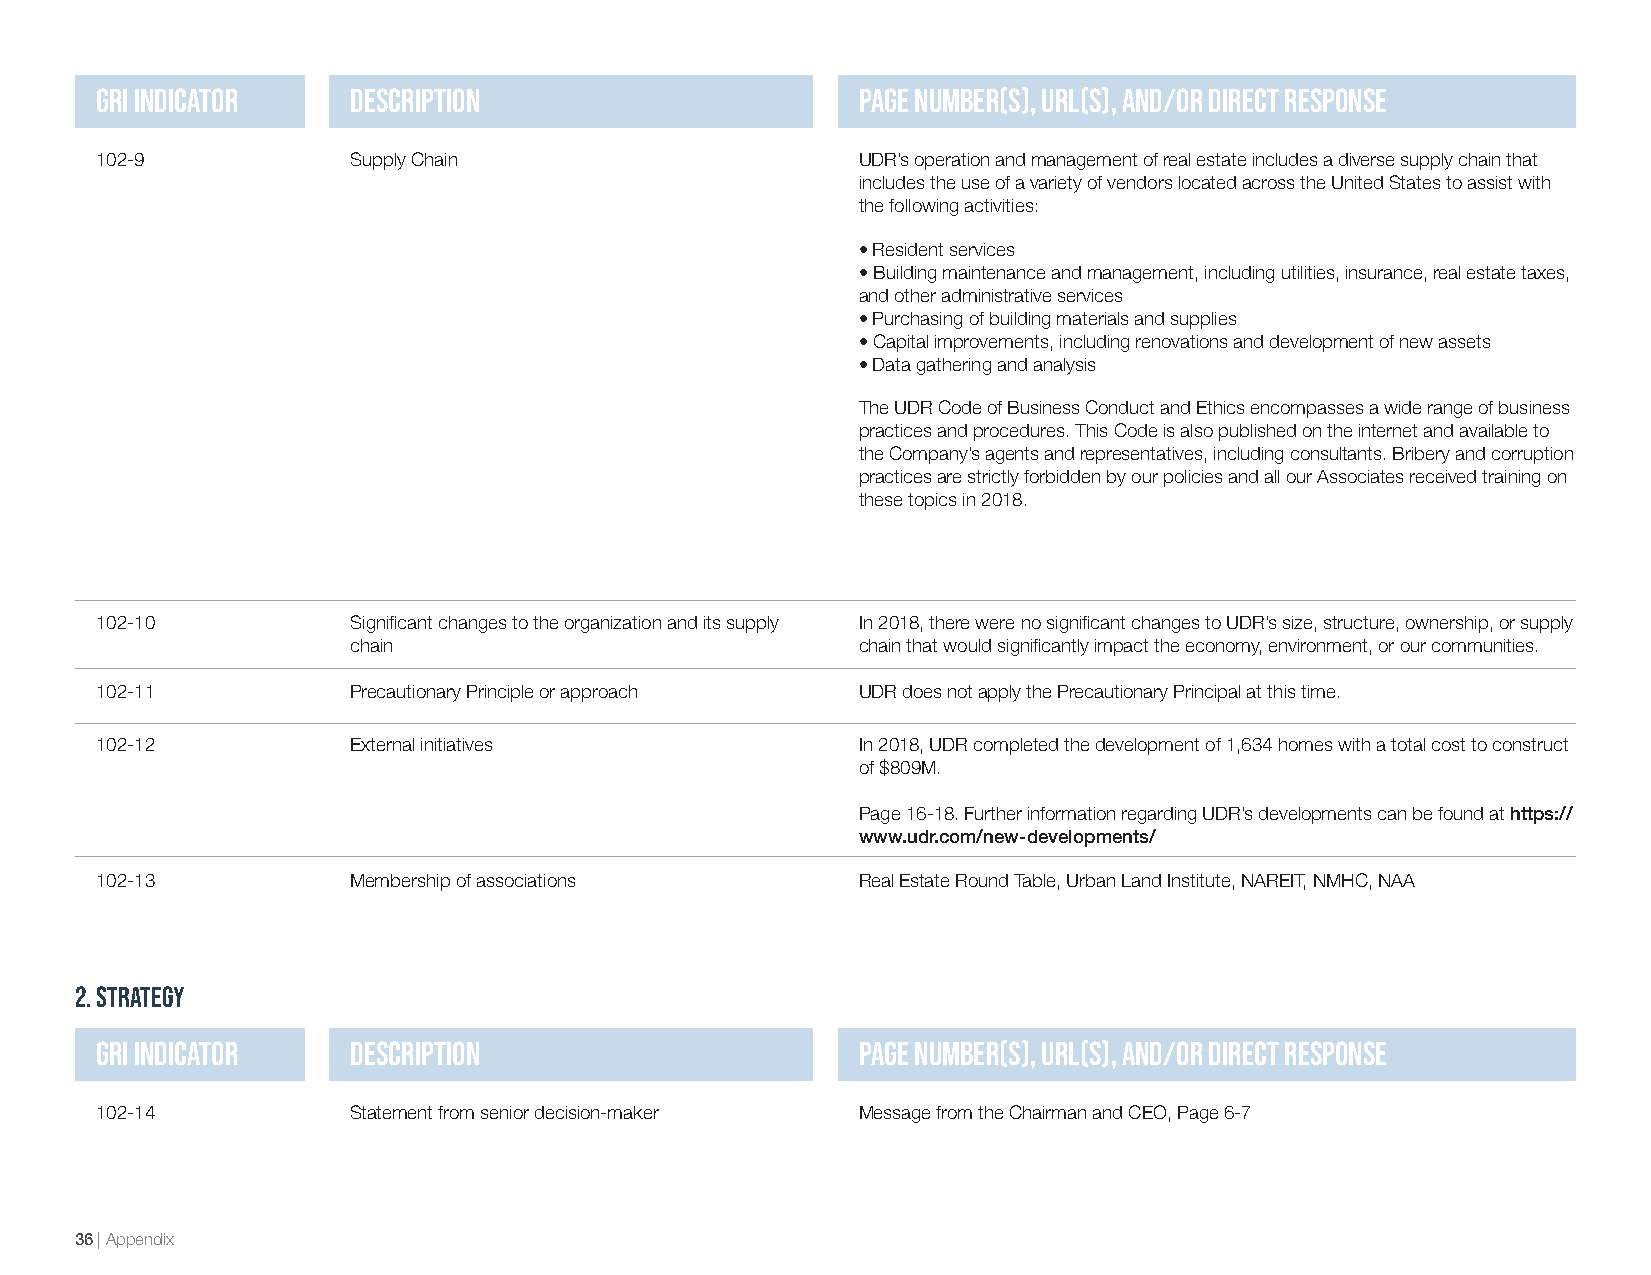
GRI Indicator    Description                       Page Number(s), URL(s), and/or direct response
 102-9            Supply Chain                      UDR’s operation and management of real estate includes a diverse supply chain that
 includes the use of a variety of vendors located across the United States to assist with
 the following activities:
 • Resident services
 • Building maintenance and management, including utilities, insurance, real estate taxes,
 and other administrative services
 • Purchasing of building materials and supplies
 • Capital improvements, including renovations and development of new assets
 • Data gathering and analysis
 The UDR Code of Business Conduct and Ethics encompasses a wide range of business
 practices and procedures. This Code is also published on the internet and available to
 the Company’s agents and representatives, including consultants. Bribery and corruption
 practices are strictly forbidden by our policies and all our Associates received training on
 these topics in 2018.
 102-10           Significant changes to the organization and its supply In 2018, there were no significant changes to UDR’s size, structure, ownership, or supply
 chain                             chain that would significantly impact the economy, environment, or our communities.
 102-11           Precautionary Principle or approach UDR does not apply the Precautionary Principal at this time.
 102-12           External initiatives              In 2018, UDR completed the development of 1,634 homes with a total cost to construct
 of $809M.
 Page 16-18. Further information regarding UDR’s developments can be found at https://
 www.udr.com/new-developments/
 102-13           Membership of associations        Real Estate Round Table, Urban Land Institute, NAREIT, NMHC, NAA
 2. Strategy
 GRI Indicator    Description                       Page Number(s), URL(s), and/or direct response
 102-14           Statement from senior decision-maker Message from the Chairman and CEO, Page 6-7
 36 | Appendix